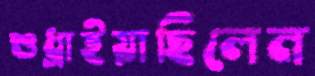
শুধ্‌রাইয়াছিলেন